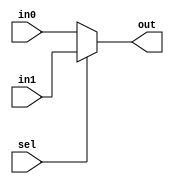
module mux_2_in_1_out (in0 , in1 , sel , out);
input in0 , in1 , sel;
output reg out;
always@(*)
begin
if(sel)
    begin
        out = in1;
    end
else
    begin
        out = in0;
    end
end    
endmodule